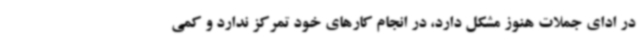
در ادای جملات هنوز مشکل دارد، در انجام کارهای خود تمرکز ندارد و کمی